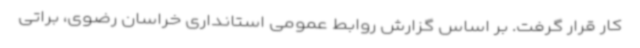
کار قرار گرفت. بر اساس گزارش روابط عمومی استانداری خراسان رضوی، براتی